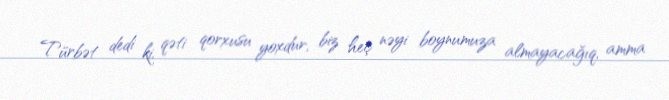
Türbət dedi ki, qəti qorxusu yoxdur, biz heç nəyi boynumuza almayacağıq, amma